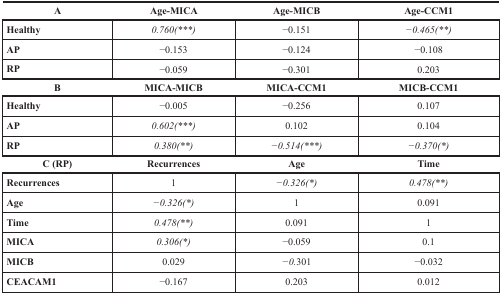
| A | Age-MICA | Age-MICB | Age-CCM1 |
 | --- | --- | --- | --- |
 | Healthy | 0.760(***) | −0.151 | −0.465(**) |
 | AP | −0.153 | −0.124 | −0.108 |
 | RP | −0.059 | −0.301 | 0.203 |
 | B | MICA-MICB | MICA-CCM1 | MICB-CCM1 |
 | Healthy | −0.005 | −0.256 | 0.107 |
 | AP | 0.602(***) | 0.102 | 0.104 |
 | RP | 0.380(**) | −0.514(***) | −0.370(*) |
 | C (RP) | Recurrences | Age | Time |
 | Recurrences | 1 | −0.326(*) | 0.478(**) |
 | Age | −0.326(*) | 1 | 0.091 |
 | Time | 0.478(**) | 0.091 | 1 |
 | MICA | 0.306(*) | −0.059 | 0.1 |
 | MICB | 0.029 | −0.301 | −0.032 |
 | CEACAM1 | −0.167 | 0.203 | 0.012 |